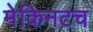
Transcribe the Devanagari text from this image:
मेकिनटच